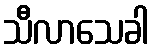
သီလာသေခါ